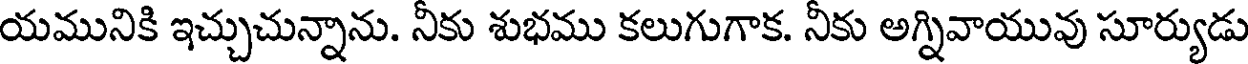
యమునికి ఇచ్చుచున్నాను. నీకు శుభము కలుగుగాక. నీకు అగ్నివాయువు సూర్యుడు